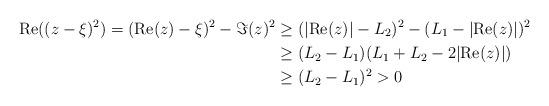
LaTeX: \begin{align*}\mathrm{Re}((z-\xi)^2) = (\mathrm{Re}(z)-\xi)^2 - \Im(z)^2 &\ge (|\mathrm{Re}(z)| - L_2)^2 - (L_1-|\mathrm{Re}(z)|)^2\\&\ge (L_2-L_1)(L_1 + L_2 - 2 |\mathrm{Re}(z)|) \\& \ge (L_2 - L_1)^2 >0 \end{align*}